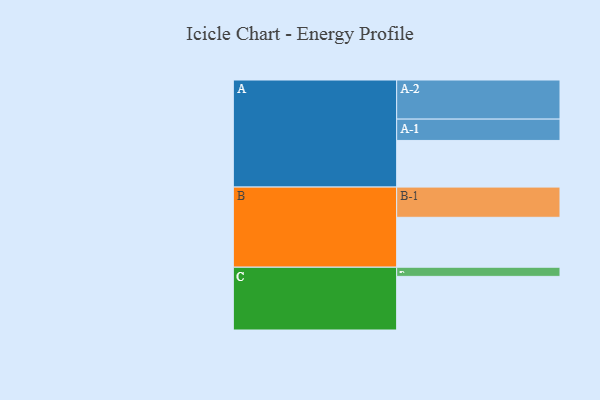
{"axis": {"x": "Segment", "y": "Value"}, "legend": ["", "A", "B", "C"], "data": [{"x": "A", "y": 341, "type": ""}, {"x": "B", "y": 365, "type": ""}, {"x": "C", "y": 392, "type": ""}, {"x": "A-1", "y": 156, "type": "A"}, {"x": "A-2", "y": 286, "type": "A"}, {"x": "B-1", "y": 221, "type": "B"}, {"x": "C-1", "y": 67, "type": "C"}]}